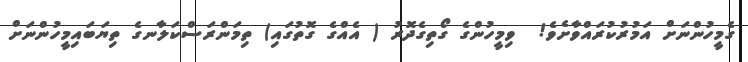
ގެމީހުންނަށް އަމުރުކުރައްވާށެވެ!  ވިމީހުންގެ ގޯތިގެދޮރު ( އެއްގެ ގޮތުގައި) ތިމަންރަސްކަލާނގެ ތިޔަބައިމީހުންނަށް